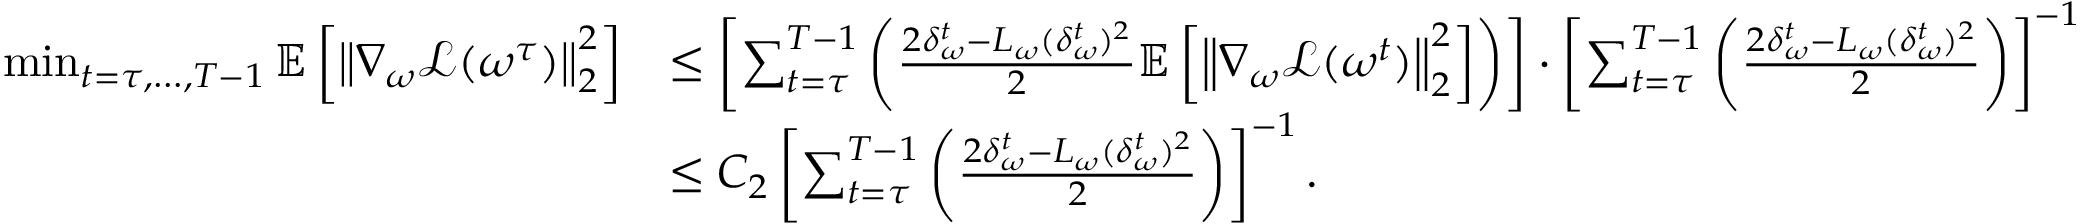
\begin{array} { r l } { \operatorname* { m i n } _ { t = \tau , \ldots , T - 1 } \mathbb { E } \left[ \left\| \nabla _ { \omega } \mathcal { L } ( \omega ^ { \tau } ) \right\| _ { 2 } ^ { 2 } \right] } & { \leq \left[ \sum _ { t = \tau } ^ { T - 1 } \left( \frac { 2 \delta _ { \omega } ^ { t } - L _ { \omega } ( \delta _ { \omega } ^ { t } ) ^ { 2 } } { 2 } \mathbb { E } \left[ \left\| \nabla _ { \omega } \mathcal { L } ( \omega ^ { t } ) \right\| _ { 2 } ^ { 2 } \right] \right) \right] \cdot \left[ \sum _ { t = \tau } ^ { T - 1 } \left( \frac { 2 \delta _ { \omega } ^ { t } - L _ { \omega } ( \delta _ { \omega } ^ { t } ) ^ { 2 } } { 2 } \right) \right] ^ { - 1 } } \\ & { \leq C _ { 2 } \left[ \sum _ { t = \tau } ^ { T - 1 } \left( \frac { 2 \delta _ { \omega } ^ { t } - L _ { \omega } ( \delta _ { \omega } ^ { t } ) ^ { 2 } } { 2 } \right) \right] ^ { - 1 } . } \end{array}